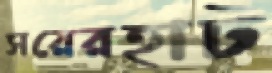
সরেরহাট